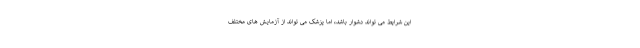
این شرایط می تواند دشوار باشد، اما پزشک می تواند از آزمایش های مختلف